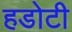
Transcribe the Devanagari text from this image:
हडोटी